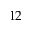
1 2